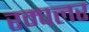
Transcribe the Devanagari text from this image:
रम्पलर